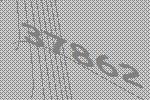
37862